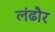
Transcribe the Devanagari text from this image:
लंढौर